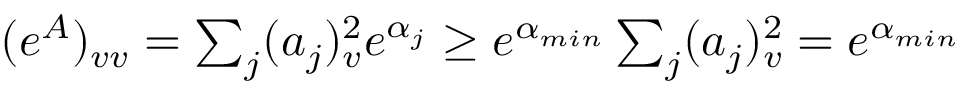
\begin{array} { r } { ( e ^ { A } ) _ { v v } = \sum _ { j } ( a _ { j } ) _ { v } ^ { 2 } e ^ { \alpha _ { j } } \geq e ^ { \alpha _ { m i n } } \sum _ { j } ( a _ { j } ) _ { v } ^ { 2 } = e ^ { \alpha _ { m i n } } } \end{array}